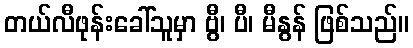
တယ်လီဖုန်းခေါ်သူမှာ ဗွီ၊ ပီ၊ မီနွန် ဖြစ်သည်။